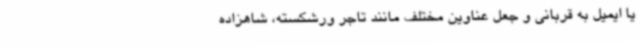
یا ایمیل به قربانی و جعل عناوین مختلف مانند تاجر ورشکسته، شاهزاده